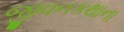
જીવનકથાના